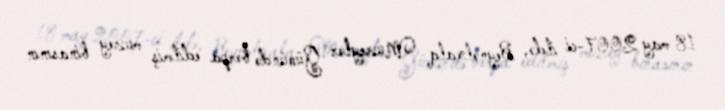
18 may 2007-ci ildə, Beynəlxalq Muzeylər Günündə bərpa edilmiş muzey binasının